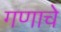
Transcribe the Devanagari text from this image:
गणाचे